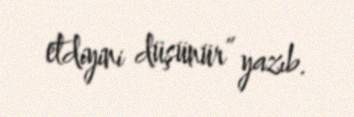
etdiyini düşünür” yazıb.